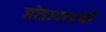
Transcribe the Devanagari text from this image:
जोडावयाची